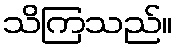
သိကြသည်။